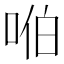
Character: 𪡈